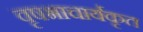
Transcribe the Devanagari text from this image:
वृषभाचार्यकृत